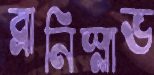
ব্রানিস্লাভ